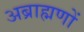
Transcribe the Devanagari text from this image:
अब्राह्मणों